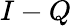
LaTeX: I-Q